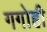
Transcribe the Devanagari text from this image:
गगोही